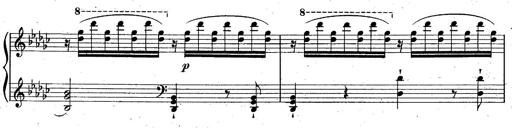
Title: La Marseillaise
Composer: Franz Liszt
Key: B-flat major